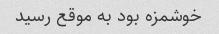
خوشمزه بود به موقع رسید